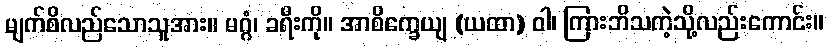
မျက်စိလည်သောသူအား။ မဂ္ဂံ၊ ခရီးကို။ အာစိက္ခေယျ (ယထာ) ဝါ၊ ကြားဘိသကဲ့သို့လည်းကောင်း။